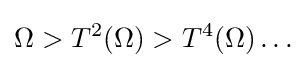
\Omega >T^{2}(\Omega )>T^{4}(\Omega )\ldots